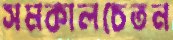
সমকালচেতন